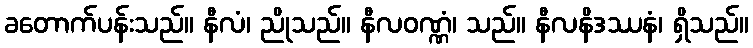
ခတောက်ပန်းသည်။ နီလံ၊ ညိုသည်။ နီလဝဏ္ဏံ၊ သည်။ နီလနိဒဿနံ၊ ရှိသည်။